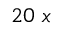
2 0 ~ x ~ \